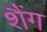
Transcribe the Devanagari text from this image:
शैंग